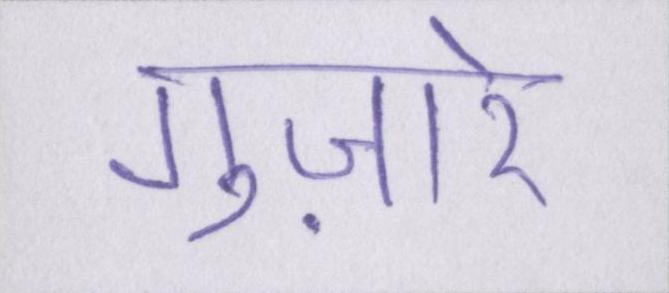
गुज़ारे